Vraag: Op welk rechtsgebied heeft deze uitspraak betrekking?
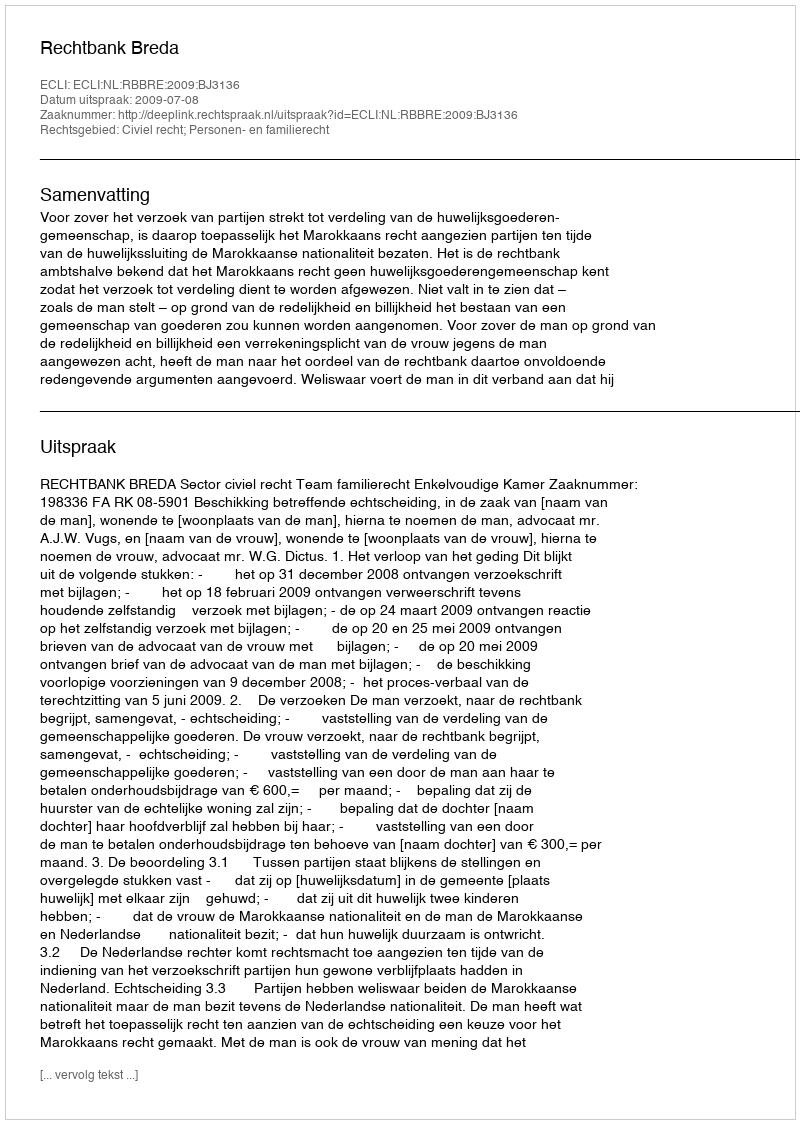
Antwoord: Civiel recht; Personen- en familierecht